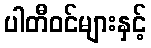
ပါတီဝင်များနှင့်